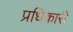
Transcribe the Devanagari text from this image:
प्रधिकारी